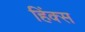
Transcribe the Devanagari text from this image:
हिंक्स